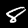
Digit: 8